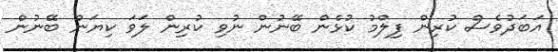
އަބަދުވެސް ކުރިން ފިލްމު ކުޅެން ބޭނުން ނުވި ކުރިން ލަވަ ކިޔަން ބޭނުން